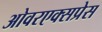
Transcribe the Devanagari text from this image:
ओवरएक्सप्रेस